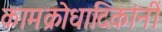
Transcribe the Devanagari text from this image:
कामक्रोधादिकांनीं